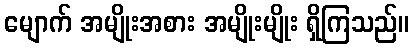
မျောက် အမျိုးအစား အမျိုးမျိုး ရှိကြသည်။